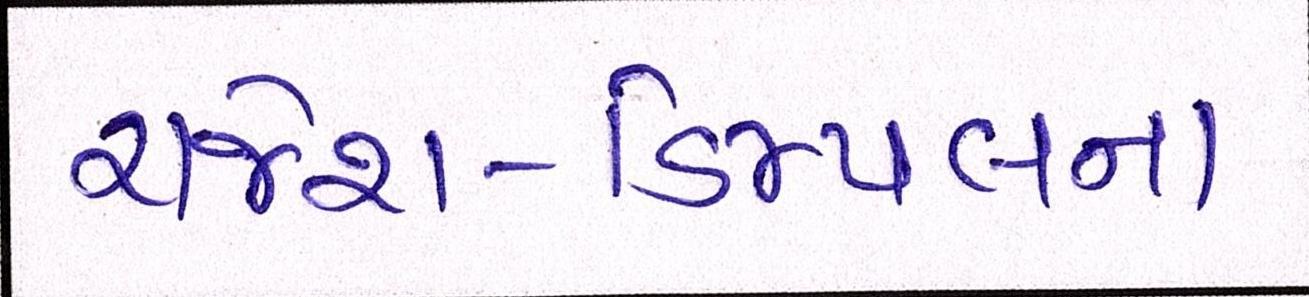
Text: રાજેશ-ડિમ્પલના